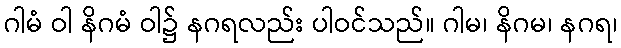
ဂါမံ ဝါ နိဂမံ ဝါ၌ နဂရလည်း ပါဝင်သည်။ ဂါမ၊ နိဂမ၊ နဂရ၊